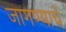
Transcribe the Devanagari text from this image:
जागण्याचे